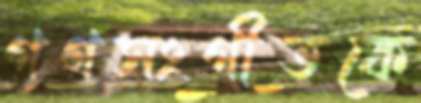
গণসংগীতকে